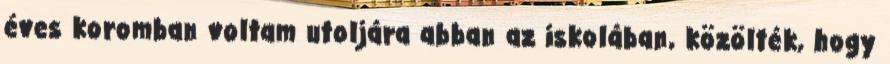
éves koromban voltam utoljára abban az iskolában, közölték, hogy